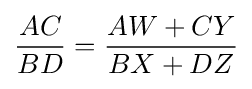
{\frac {AC}{BD}}={\frac {AW+CY}{BX+DZ}}